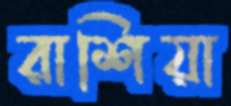
রাশিয়া